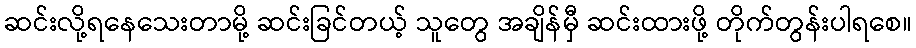
ဆင်းလို့ရနေသေးတာမို့ ဆင်းခြင်တယ့် သူတွေ အချိန်မှီ ဆင်းထားဖို့ တိုက်တွန်းပါရစေ။